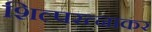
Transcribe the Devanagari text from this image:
शिल्परत्नाकर